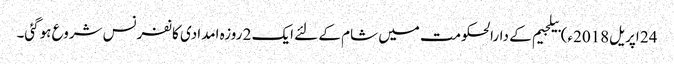
24 اپریل2018ء) بیلجیم کے دارالحکومت میں شام کے لئے ایک 2 روزہ امدادی کانفرنس شروع ہوگئی۔